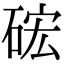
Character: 硡